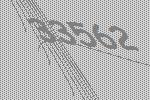
33562